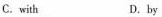
C. with D. by